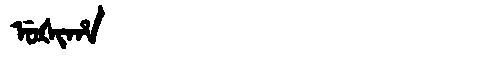
Manchu: ᡠᡧᡳᡥᠠ
Romanization: UŠIHA